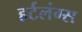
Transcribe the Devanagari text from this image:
हर्टलंग्स